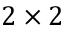
2 \times 2